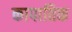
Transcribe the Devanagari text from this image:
कापातिक